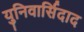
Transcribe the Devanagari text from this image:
युनिवार्सिदाद